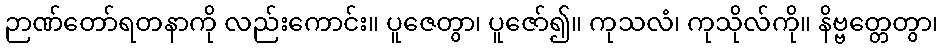
ဉာဏ်တော်ရတနာကို လည်းကောင်း။ ပူဇေတွာ၊ ပူဇော်၍။ ကုသလံ၊ ကုသိုလ်ကို။ နိဗ္ဗတ္တေတွာ၊